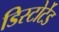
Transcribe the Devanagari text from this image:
डिस्टोर्टेड